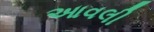
આવલી